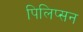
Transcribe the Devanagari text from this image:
पिलिप्सन